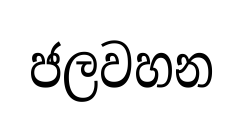
ජලවහන